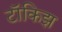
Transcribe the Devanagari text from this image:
टॉकिझ